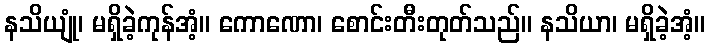
နသိယျုံ၊ မရှိခဲ့ကုန်အံ့။ ကောဏော၊ စောင်းတီးတုတ်သည်။ နသိယာ၊ မရှိခဲ့အံ့။